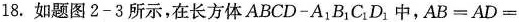
18.如题图2-3所示，在长方体ABCD-A _ { 1}B _ { 1}C _ { 1}D _ { 1}中，$$AB=AD=$$